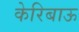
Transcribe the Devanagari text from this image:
केरिबाऊ